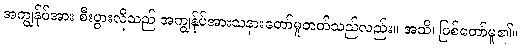
အကျွန်ုပ်အား စီးပွားလိုသည် အကျွန်ုပ်အားသနားတော်မူတတ်သည်လည်း။ အသိ၊ ဖြစ်တော်မူ၏။